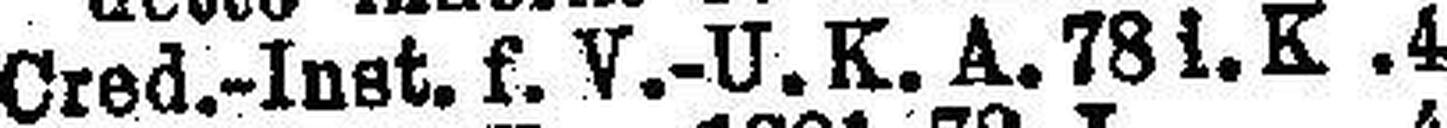
Cred.-Inst. f. V.-U. K. A. 781. K 4